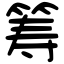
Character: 筹